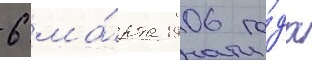
6 ма́рта 1906 го́да